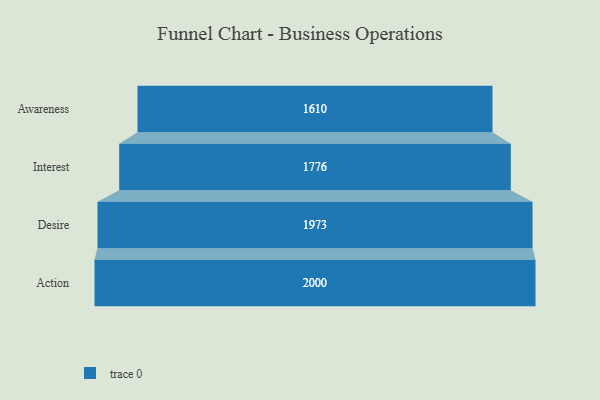
{"axis": {"x": "Stage", "y": "Value"}, "legend": [""], "data": [{"x": "Awareness", "y": 1610.0, "type": ""}, {"x": "Interest", "y": 1776.0, "type": ""}, {"x": "Desire", "y": 1973.0, "type": ""}, {"x": "Action", "y": 2000, "type": ""}]}